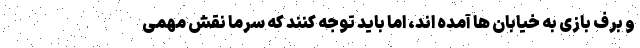
و برف بازی به خیابان ها آمده اند، اما باید توجه کنند که سرما نقش مهمی